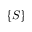
\lbrace S \rbrace